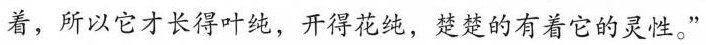
着，所以它才长得叶纯，开得跑纯，楚楚的有着它的灵性。"